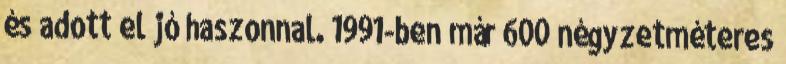
és adott el jó haszonnal. 1991-ben már 600 négyzetméteres